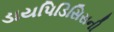
ડાયપિડિસિસની